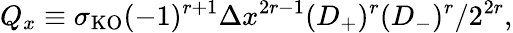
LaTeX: Q_{x}\equiv\sigma_{\mathrm{KO}}(-1)^{r+1}\Delta x^{2r-1}(D_{+})^{r}(D_{-})^{r}/2^{2r},